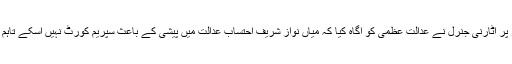
وقفے کے بعد سماعت کے دوبارہ آغاز پر اٹارنی جنرل نے عدالت عظمیٰ کو آگاہ کیا کہ میاں نواز شریف احتساب عدالت میں پیشی کے باعث سپریم کورٹ نہیں آسکے تاہم وہ اپنے وکیل کا بندوبست کر رہے ہیں۔